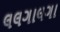
લલગાલગા